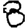
Digit: 8